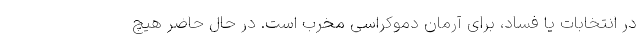
در انتخابات یا فساد، برای آرمان دموکراسی مخرب است. در حال حاضر هیچ